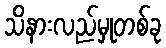
သိနားလည်မှုတစ်ခု